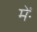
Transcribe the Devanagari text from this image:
मेंॱ